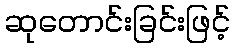
ဆုတောင်းခြင်းဖြင့်